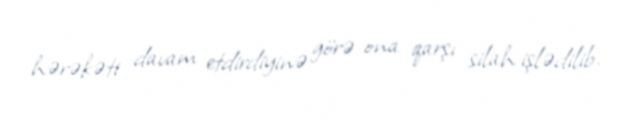
hərəkəti davam etdirdiyinə görə ona qarşı silah işlədilib.